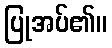
ပြုအပ်၏။